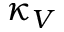
\kappa _ { V }